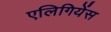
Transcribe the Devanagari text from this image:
एलिगियेंस